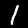
Label: 1